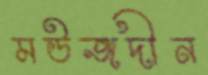
মউজদীন